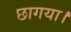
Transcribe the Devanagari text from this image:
छागया।